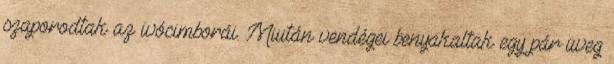
szaporodtak az ivócimborái. Miután vendégei benyakaltak egy pár üveg